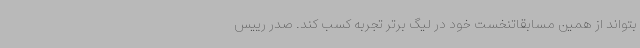
بتواند از همین مسابقاتنخست خود در لیگ برتر تجربه کسب کند. صدر رییس